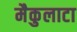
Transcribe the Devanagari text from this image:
मैकुलाटा